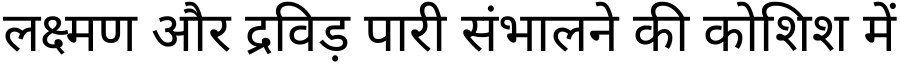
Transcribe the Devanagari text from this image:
लक्ष्मण और द्रविड़ पारी संभालने की कोशिश में